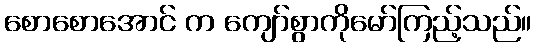
စောစောအောင် က ကျော်စွာကိုမော်ကြည့်သည်။